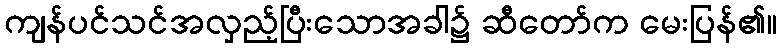
ကျန်ပင်သင်အလှည့်ပြီးသောအခါ၌ ဆီတော်က မေးပြန်၏။